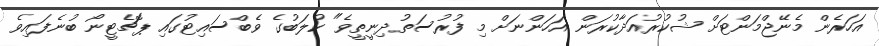
އަހަރެން މެނޭޖްމަންޓަށް ޝުކުރުއަދާކުރަން އަހަންނަށް މި ފުރުސަތުދިނީތީވެ" ކުލަބުގެ ވެބްސައިޓުގައި ޕޮޗެޓީނޯ ބުނެފައިވެ